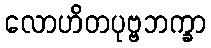
လောဟိတပုဗ္ဗဘက္ခာ